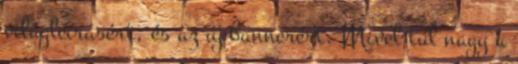
világleírásért, és az új bannerért. Mivel túl nagy a